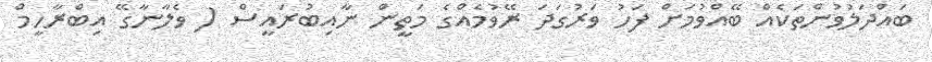
ބައްދަލުވުންތަކެއް ބޭއްވުމަށް ފަހު ވަރުގަދަ ރޭވުމެއްގެ މަތީން ނާއިބުރައީސް ( ވެލާނާގޭ އިބްރާހީމް